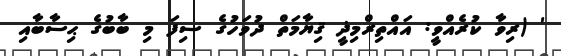
' (ރިވާ ކުރެއްވީ: އައްތިރްމިޛީ ޤިޔާމަތް ދުވަހުގެ ސިފަ މި ބާބުގެ ޙިސާބާއި